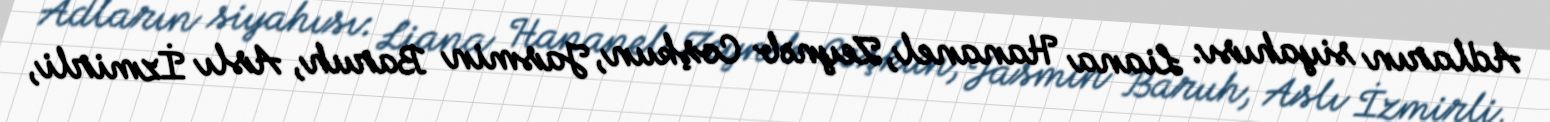
Adların siyahısı: Liana Hananel, Zeynəb Coşkun, Jasmin Baruh, Aslı İzmirli,